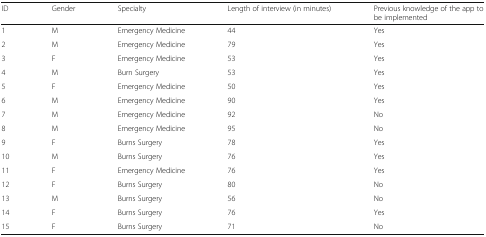
<table><thead><tr><td><b>ID</b></td><td><b>Gender</b></td><td><b>Specialty</b></td><td><b>Length of interview (in minutes)</b></td><td><b>Previous knowledge of the app to be implemented</b></td></tr></thead><tbody><tr><td>1</td><td>M</td><td>Emergency Medicine</td><td>44</td><td>Yes</td></tr><tr><td>2</td><td>M</td><td>Emergency Medicine</td><td>79</td><td>Yes</td></tr><tr><td>3</td><td>F</td><td>Emergency Medicine</td><td>53</td><td>Yes</td></tr><tr><td>4</td><td>M</td><td>Burn Surgery</td><td>53</td><td>Yes</td></tr><tr><td>5</td><td>F</td><td>Emergency Medicine</td><td>50</td><td>Yes</td></tr><tr><td>6</td><td>M</td><td>Emergency Medicine</td><td>90</td><td>Yes</td></tr><tr><td>7</td><td>M</td><td>Emergency Medicine</td><td>92</td><td>No</td></tr><tr><td>8</td><td>M</td><td>Emergency Medicine</td><td>95</td><td>No</td></tr><tr><td>9</td><td>F</td><td>Burns Surgery</td><td>78</td><td>Yes</td></tr><tr><td>10</td><td>M</td><td>Burns Surgery</td><td>76</td><td>Yes</td></tr><tr><td>11</td><td>F</td><td>Emergency Medicine</td><td>76</td><td>Yes</td></tr><tr><td>12</td><td>F</td><td>Burns Surgery</td><td>80</td><td>No</td></tr><tr><td>13</td><td>M</td><td>Burns Surgery</td><td>56</td><td>No</td></tr><tr><td>14</td><td>F</td><td>Burns Surgery</td><td>76</td><td>Yes</td></tr><tr><td>15</td><td>F</td><td>Burns Surgery</td><td>71</td><td>No</td></tr></tbody></table>